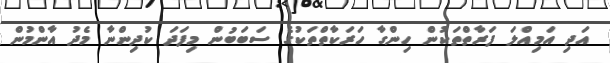
އަދި އަމިއްލަ ފަރާތްތަކުން ހިންގާ ހަރަކާތްތަކުގެ ސަބަބުން މިފަދަ ކުދިންނާ މެދު އާންމުން